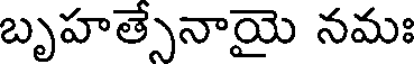
బృహత్సేనాయై నమః